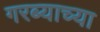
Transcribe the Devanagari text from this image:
गरब्याच्या